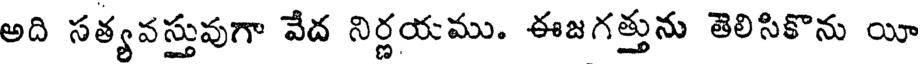
అది సత్యవస్తువుగా వేద నిర్ణయము. ఈజగత్తును తెలిసికొను యీ